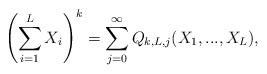
LaTeX: \begin{align*}\left(\sum_{i=1}^L X_i\right)^k=\sum_{j=0}^\infty Q_{k,L,j}(X_1,...,X_L),\end{align*}